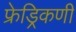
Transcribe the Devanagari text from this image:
फ्रेड्रिकणी